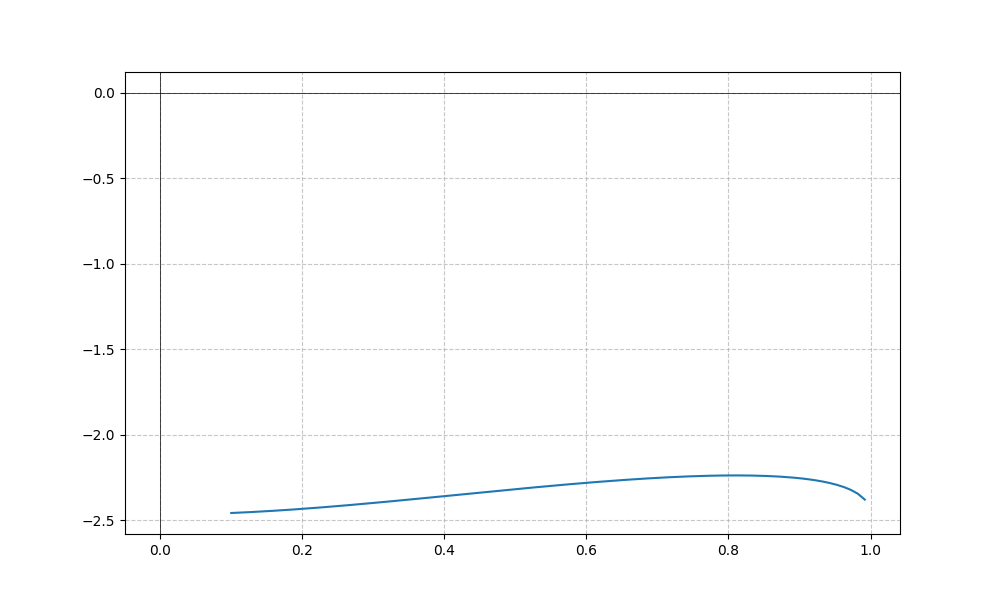
LaTeX formula: - \operatorname{acos}{\left(- x \right)} \operatorname{acot}{\left(x \right)}